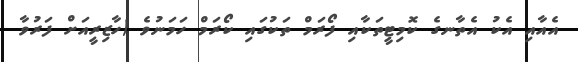
އެއާއި އެކު އެތާނގެ ކޮމިޓީތަކާއި ފޯރަމް ތަކުގައި ކޯރަމް ހަމަނުވެ (ހާޒިރީއަށް ފަރުވާ